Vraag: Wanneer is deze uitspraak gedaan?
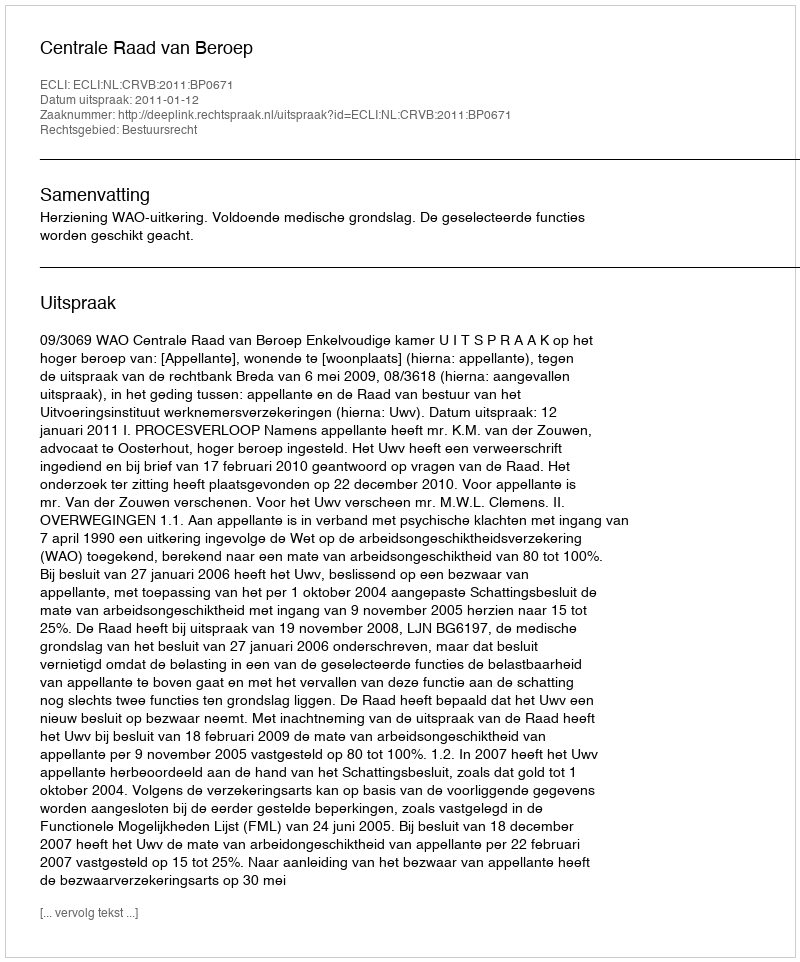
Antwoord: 2011-01-12